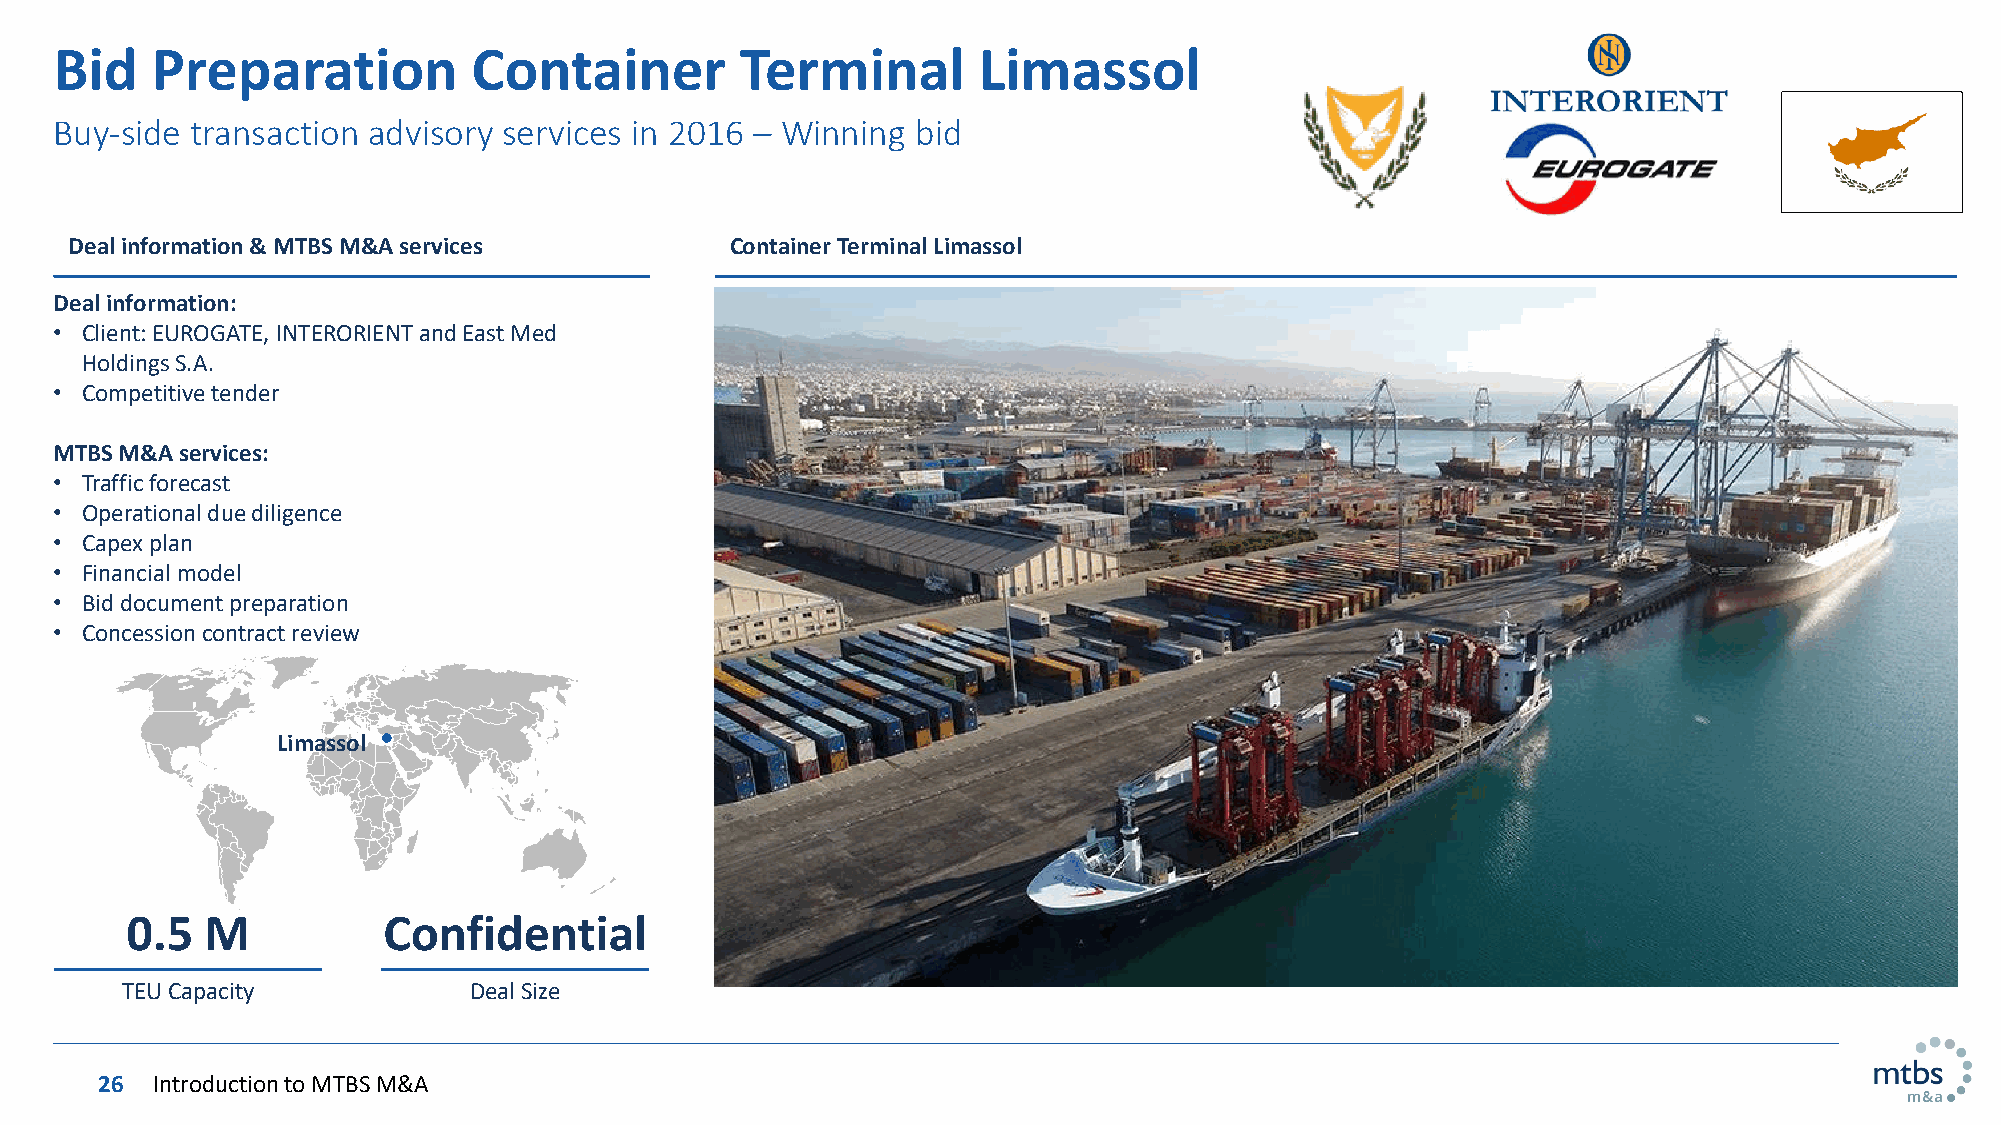
Bid   Preparation          Container         Terminal        Limassol
 Buy-side transaction advisory services in 2016 – Winning bid
 Deal information & MTBS M&A services       Container Terminal Limassol
 Deal information:
 • Client: EUROGATE, INTERORIENT and East Med
 Holdings S.A.
 • Competitive tender
 MTBS M&A services:
 • Traffic forecast
 • Operational due diligence
 • Capex plan
 • Financial model
 • Bid document preparation
 • Concession contract review
 Limassol
 0.5   M          Confidential
 TEU Capacity           Deal Size
 26 Introduction to MTBS M&A